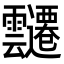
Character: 𮧀